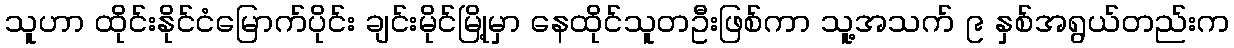
သူဟာ ထိုင်းနိုင်ငံမြောက်ပိုင်း ချင်းမိုင်မြို့မှာ နေထိုင်သူတဦးဖြစ်ကာ သူ့အသက် ၉ နှစ်အရွယ်တည်းက